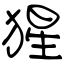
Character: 猩